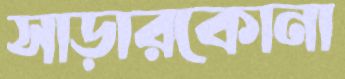
সাড়ারকোনা